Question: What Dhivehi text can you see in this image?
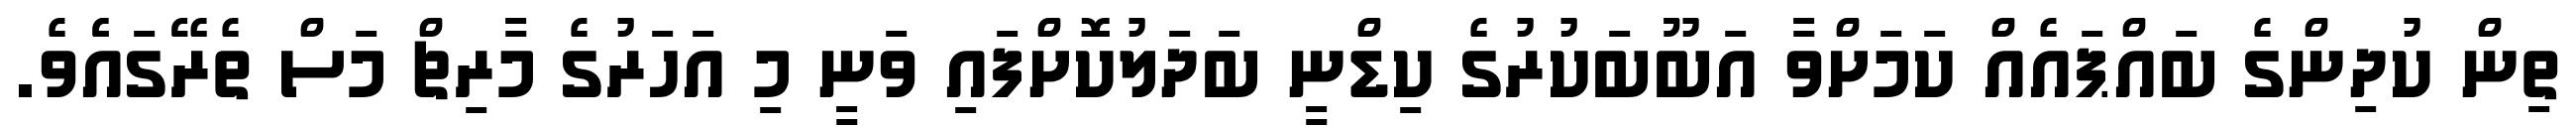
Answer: ތިން ކުދިންގެ ބައްޕައެއް ކަމަށްވާ އަބޫބަކުރުގެ ކިޑްނީ ބަދަލުކޮށްފައި ވަނީ މި އަހަރުގެ މާރިޗް މަސް ތެރޭގައެެވެ.